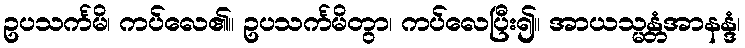
ဥပသင်္ကမိ၊ ကပ်လေ၏။ ဥပသင်္ကမိတွာ၊ ကပ်လေပြီး၍။ အာယသ္မန္တံအာနန္ဒံ၊